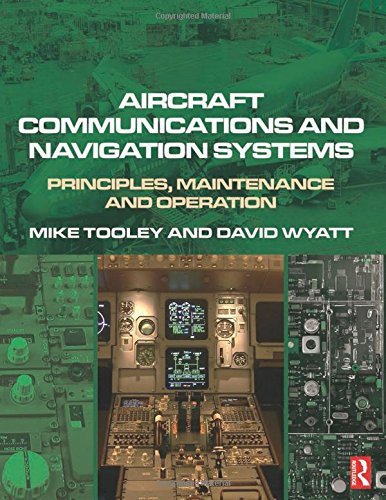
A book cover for Aircraft Communications and Navigation Systems: Principles, Maintenance and Operation; Mike Tooley; Medical Books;